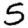
Digit: 5